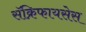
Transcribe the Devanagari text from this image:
सॅक्रिफायसेस